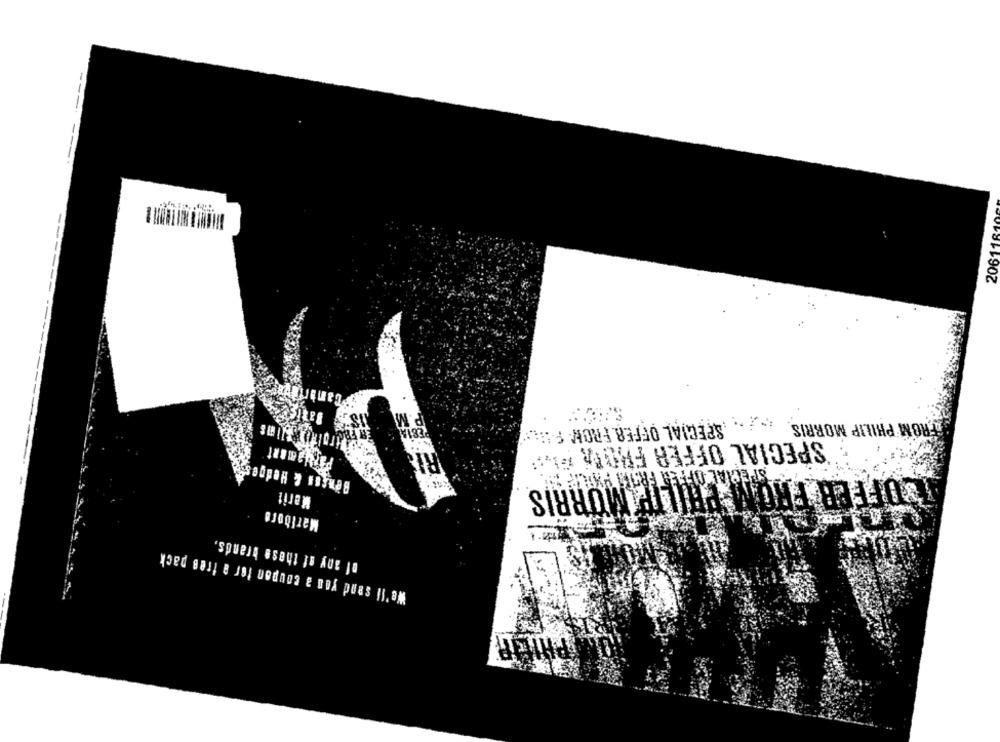
20611810
.MI
FROM PHILIP MORRIS
SPECIAL OFFER FROM S.H;
SPECIAL OFFER FROM FF !!
Benson & Hedge
Merit
ISOFFER FROM PHILIP MORRIS
Marlboro
of any of these brands,
We'll send you a coupon for a free pack